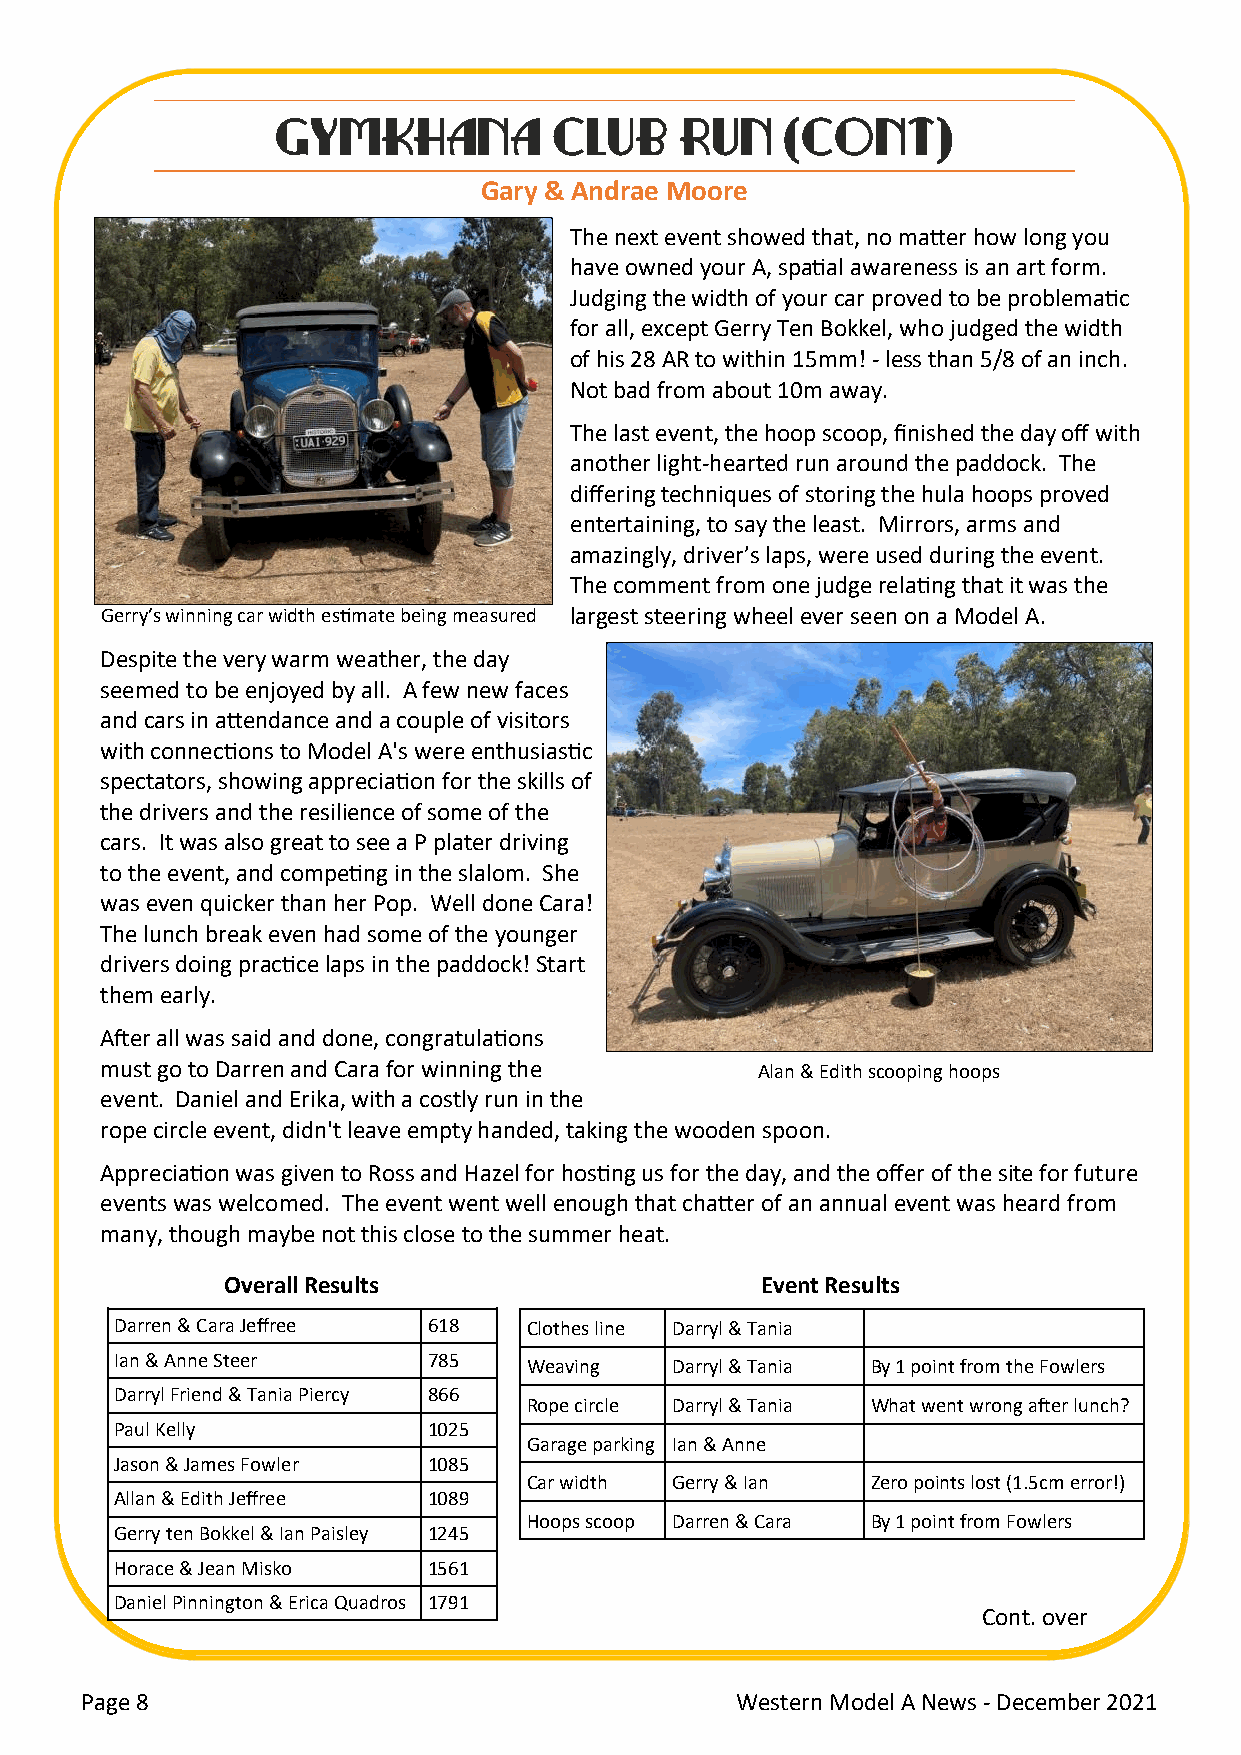
GYMKHCAHNRAIS     TCMLUABS RLUUNNC (HC ONT)
 Gary & Andr ae Moore
 The next event showed that, no matter how long you
 have owned your A, spatial awareness is an art form.
 Judging the width of your car proved to be problematic
 for all, except Gerry Ten Bokkel, who judged the width
 of his 28 AR to within 15mm! - less than 5/8 of an inch.
 Not bad from about 10m away.
 The last event, the hoop scoop, finished the day off with
 another light-hearted run around the paddock. The
 differing techniques of storing the hula hoops proved
 entertaining, to say the least. Mirrors, arms and
 amazingly, driver’s laps, were used during the event.
 The comment from one judge relating that it was the
 Gerry’s winning car width estimate being measured largest steering wheel ever seen on a Model A.
 Despite the very warm weather, the day
 seemed to be enjoyed by all. A few new faces
 and cars in attendance and a couple of visitors
 with connections to Model A's were enthusiastic
 spectators, showing appreciation for the skills of
 the drivers and the resilience of some of the
 cars. It was also great to see a P plater driving
 to the event, and competing in the slalom. She
 was even quicker than her Pop. Well done Cara!
 The lunch break even had some of the younger
 drivers doing practice laps in the paddock! Start
 them early.
 After all was said and done, congratulations
 must go to Darren and Cara for winning the Alan & Edith scooping hoops
 event. Daniel and Erika, with a costly run in the
 rope circle event, didn't leave empty handed, taking the wooden spoon.
 Appreciation was given to Ross and Hazel for hosting us for the day, and the offer of the site for future
 events was welcomed. The event went well enough that chatter of an annual event was heard from
 many, though maybe not this close to the summer heat.
 Overall Results                    Event Results
 Darren & Cara Jeffree 618  Clothes line Darryl & Tania
 Ian & Anne Steer    785
 Weaving  Darryl & Tania By 1 point from the Fowlers
 Darryl Friend & Tania Piercy 866
 Rope circle Darryl & Tania What went wrong after lunch?
 Paul Kelly          1025
 Garage parking Ian & Anne
 Jason & James Fowler 1085
 Car width Gerry & Ian  Zero points lost (1.5cm error!)
 Allan & Edith Jeffree 1089
 Hoops scoop Darren & Cara By 1 point from Fowlers
 Gerry ten Bokkel & Ian Paisley 1245
 Horace & Jean Misko 1561
 Daniel Pinnington & Erica Quadros 1791
 Cont. over
 Page 8                                      Western Model A News - December 2021